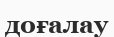
доғалау